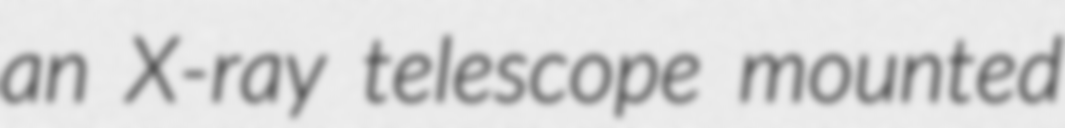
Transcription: an X-ray telescope mounted